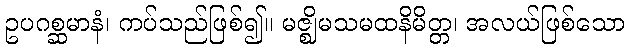
ဥပဂစ္ဆမာနံ၊ ကပ်သည်ဖြစ်၍။ မဇ္ဈိမသမထနိမိတ္တ၊ အလယ်ဖြစ်သော